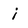
Character: i